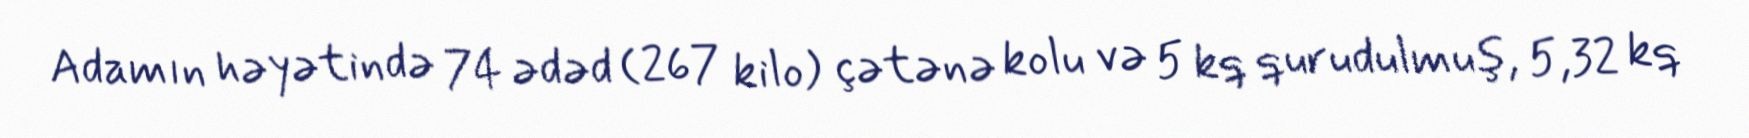
Adamın həyətində 74 ədəd (267 kilo) çətənə kolu və 5 kq qurudulmuş, 5,32 kq